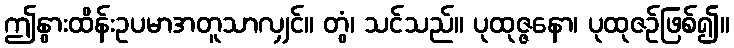
ဤနွားထိန်းဥပမာအတူသာလျှင်။ တွံ၊ သင်သည်။ ပုထုဇ္ဇနော၊ ပုထုဇဉ်ဖြစ်၍။